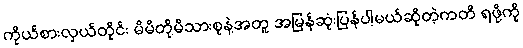
ကိုယ်စားလှယ်တိုင်း မိမိတို့မိသားစုနဲ့အတူ အမြန်ဆုံးပြန်ပါ့မယ်ဆိုတဲ့ကတိ ရဖို့ကို